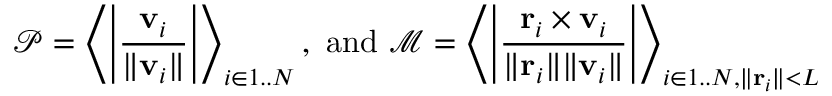
\mathcal P = \left\langle \left| \frac { \mathbf v _ { i } } { \| \mathbf v _ { i } \| } \right| \right\rangle _ { i \in 1 . . N } \mathrm { , ~ a n d } \ \mathcal M = \left\langle \left| \frac { \mathbf r _ { i } \times \mathbf v _ { i } } { \| \mathbf r _ { i } \| \| \mathbf v _ { i } \| } \right| \right\rangle _ { i \in 1 . . N , \| \mathbf r _ { i } \| < L }